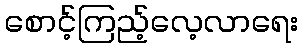
စောင့်ကြည့်လေ့လာရေး